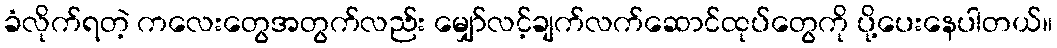
ခံလိုက်ရတဲ့ ကလေးတွေအတွက်လည်း မျှော်လင့်ချက်လက်ဆောင်ထုပ်တွေကို ပို့ပေးနေပါတယ်။